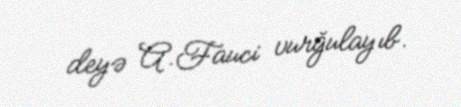
deyə A.Fauci vurğulayıb.